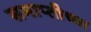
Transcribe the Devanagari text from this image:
समाप्‍तीच्या